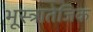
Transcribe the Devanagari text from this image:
भूस्त्रातेजिक